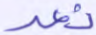
نعد